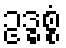
ဥဒ္ဓစ္စံ